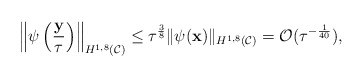
\begin{align*} \left\| \psi\left(\frac{\mathbf y}{\tau}\right)\right\|_{H^{1,8}(\mathcal C)}\leq\tau^{\frac{3}{8}}\|\psi(\mathbf x)\|_{H^{1,8}(\mathcal C)}=\mathcal O(\tau^{-\frac{1}{40}}), \end{align*}